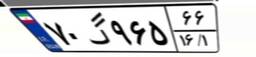
۸۶گ۹۸۶۲۸